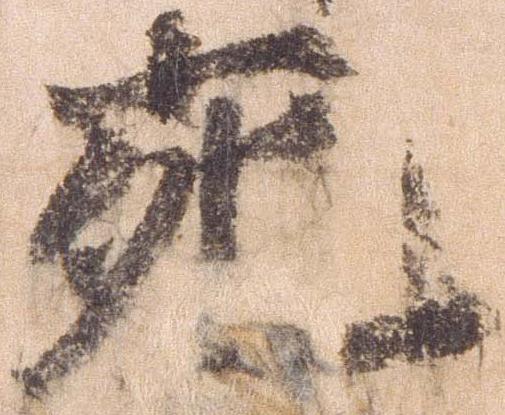
宛